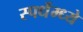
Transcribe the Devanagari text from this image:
स्पर्धेम्ध्ये